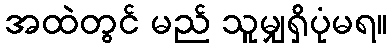
အထဲတွင် မည် သူမျှရှိပုံမရ။